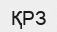
ҚРЗ